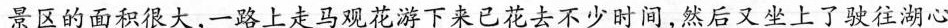
景区的面积很大，一路上走马观花游下来已花去不少时间，然后又坐上了驶往湖心